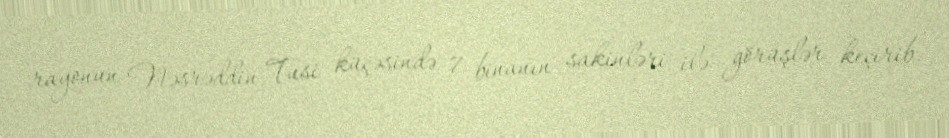
rayonun Nəsrəddin Tusi küçəsində 7 binanın sakinləri ilə görüşlər keçirib.